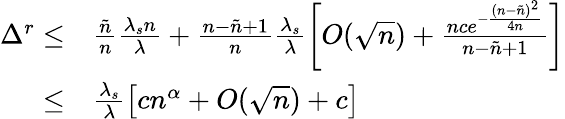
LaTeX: \begin{array}{rl}{\Delta^{r}\leq}&{\frac{\tilde{n}}{n}\frac{\lambda_{s}n}{\lambda}+\frac{n-\tilde{n}+1}{n}\frac{\lambda_{s}}{\lambda}\left[O(\sqrt{n})+\frac{nce^{-\frac{(n-\tilde{n})^{2}}{4n}}}{n-\tilde{n}+1}\right]}\\ {\leq}&{\frac{\lambda_{s}}{\lambda}\left[cn^{\alpha}+O(\sqrt{n})+c\right]}\end{array}